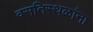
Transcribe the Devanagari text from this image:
वसतिस्थळांना